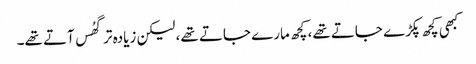
کبھی کچھ پکڑے جاتے تھے، کچھ مارے جاتے تھے، لیکن زیادہ تر گھُس آتے تھے۔